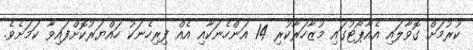
ކުރުމަށް ގޮވާލައި އެއާޕޯޓުގައި މުޒާހަރާކުރި 14 އަންހެނަކާއި އެއް ފިރިހެނަކު ހައްޔަރުކޮށްފައިވާ ކަމަށެވެ.